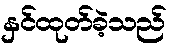
နှင်ထုတ်ခဲ့သည်